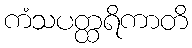
ကံသပတ္ထရိကာတိ